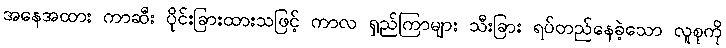
အနေအထား ကာဆီး ပိုင်းခြားထားသဖြင့် ကာလ ရှည်ကြာများ သီးခြား ရပ်တည်နေခဲ့သော လူစုကို